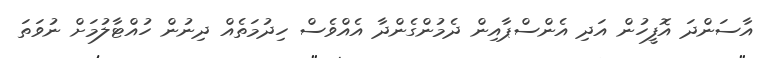
އާސަންދަ އޮފީހުން އަދި އެންސްޕާއިން ދެމުންގެންދާ އެއްވެސް ހިދުމަތެއް ދިނުން ހުއްޓާލުމަށް ނުވަތަ